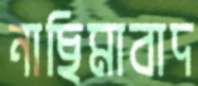
নাছিমাবাদ